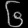
Digit: ၆